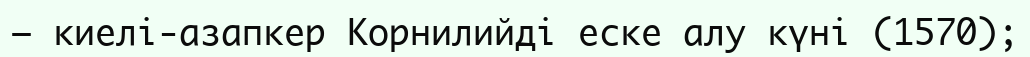
— киелі-азапкер Корнилийді еске алу күні (1570);